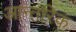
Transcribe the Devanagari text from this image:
आन्‍तरिक